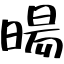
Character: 暘